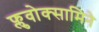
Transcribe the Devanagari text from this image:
फ्लुवोक्सामिने